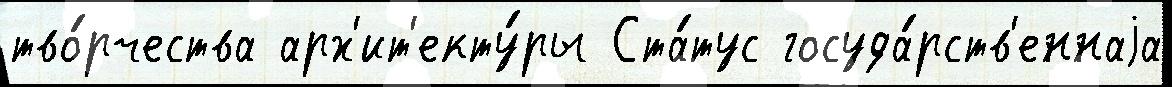
тво́рчества арх'ит'екту́ры Ста́тус госуда́рств'еннаjа